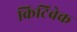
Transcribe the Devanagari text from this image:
किटिवेक